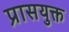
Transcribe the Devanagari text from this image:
प्रासयुक्त